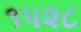
૧૫૨૮